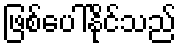
ဖြစ်ပေါ်နိုင်သည်